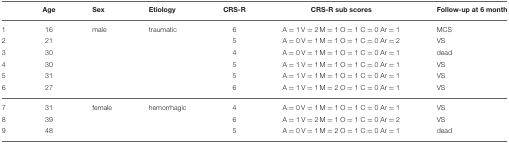
|  | Age | Sex | Etiology | CRS-R | CRS-R sub scores | Follow-up at 6 month |
 | --- | --- | --- | --- | --- | --- | --- |
 | 1 | 16 | male | traumatic | 6 | A = 1 V = 2 M = 1 O = 1 C = 0 Ar = 1 | MCS |
 | 2 | 21 |  |  | 5 | A = 0 V = 1 M = 1 O = 1 C = 0 Ar = 2 | VS |
 | 3 | 30 |  |  | 4 | A = 0 V = 1 M = 1 O = 1 C = 0 Ar = 1 | dead |
 | 4 | 30 |  |  | 5 | A = 1 V = 1 M = 1 O = 1 C = 0 Ar = 1 | VS |
 | 5 | 31 |  |  | 5 | A = 1 V = 1 M = 1 O = 1 C = 0 Ar = 1 | VS |
 | 6 | 27 |  |  | 6 | A = 1 V = 1 M = 2 O = 1 C = 0 Ar = 1 | VS |
 | 7 | 31 | female | hemorrhagic | 4 | A = 0 V = 1 M = 1 O = 1 C = 0 Ar = 1 | VS |
 | 8 | 39 |  |  | 6 | A = 1 V = 2 M = 1 O = 1 C = 0 Ar = 2 | VS |
 | 9 | 48 |  |  | 5 | A = 0 V = 1 M = 2 O = 1 C = 0 Ar = 1 | dead |